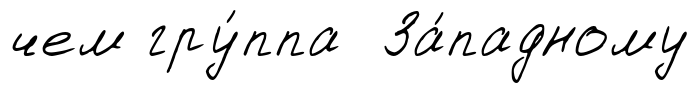
чем гру́ппа За́падному